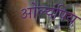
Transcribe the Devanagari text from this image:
ओल्यंपिय